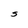
Character: S